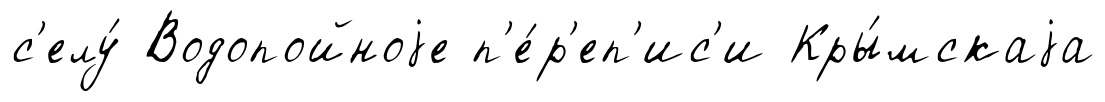
с'елу́ Водопойноjе п'е́р'еп'ис'и Кры́мскаjа